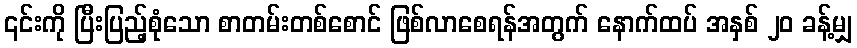
၎င်းကို ပြီးပြည့်စုံသော စာတမ်းတစ်စောင် ဖြစ်လာစေရန်အတွက် နောက်ထပ် အနှစ် ၂၀ ခန့်မျှ